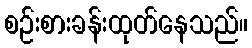
စဉ်းစားခန်းထုတ်နေသည်။